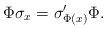
LaTeX: \begin{align*}\Phi\sigma_x=\sigma'_{\Phi(x)}\Phi.\end{align*}